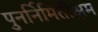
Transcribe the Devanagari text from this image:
पुनर्निमितीक्षम